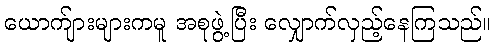
ယောက်ျားများကမူ အစုဖွဲ့ပြီး လျှောက်လှည့်နေကြသည်။